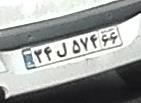
۳۴ل۵۷۴۶۶